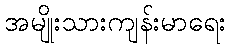
အမျိုးသားကျန်းမာရေး